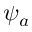
\psi _ { a }